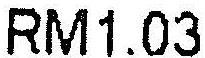
RM1.03